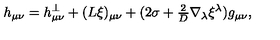
h _ { \mu \nu } = h _ { \mu \nu } ^ { \perp } + ( L \xi ) _ { \mu \nu } + ( 2 \sigma + { \textstyle { \frac { 2 } { D } } } \nabla _ { \lambda } \xi ^ { \lambda } ) g _ { \mu \nu } ,